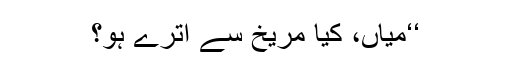
‘‘میاں، کیا مریخ سے اترے ہو؟